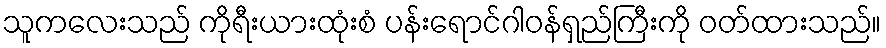
သူကလေးသည် ကိုရီးယားထုံးစံ ပန်းရောင်ဂါဝန်ရှည်ကြီးကို ဝတ်ထားသည်။